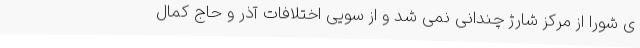
ی شورا از مرکز شارژ چندانی نمی شد و از سویی اختلافات آذر و حاج کمال